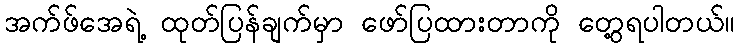
အက်ဖ်အေရဲ့ ထုတ်ပြန်ချက်မှာ ဖော်ပြထားတာကို တွေ့ရပါတယ်။